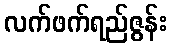
လက်ဖက်ရည်ဇွန်း